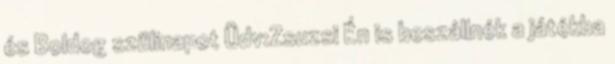
és Boldog szülinapot Üdv:Zsuzsi Én is beszállnék a játékba